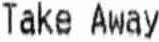
TAKE AWAY